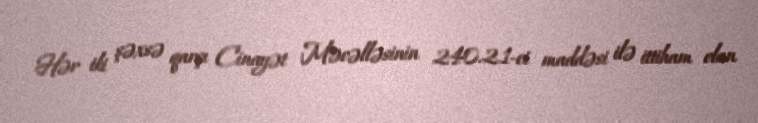
Hər iki şəxsə qarşı Cinayət Məcəlləsinin 240.2.1-ci maddəsi ilə ittiham elan